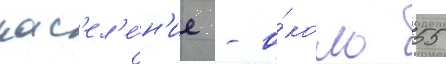
нас'ел'е́н'ие - о́коло 55